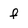
Character: f